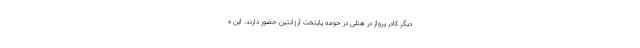
دیگر کادر پرواز در هتلی در حومه پایتخت آرژانتین حضور دارند. این ه